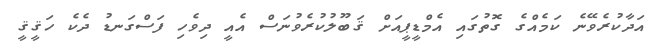
އަދާކުރެވޭނެ ކަމެއްގެ ގޮތުގައި އެމްޑީޕީއަށް ޤަބޫލުކުރެވުނަސް އެއީ ދިވެހި ފަސްގަނޑު ދެކެ ހަޤީޤީ